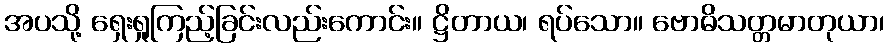
အပသို့ ရှေးရှုကြည့်ခြင်းလည်းကောင်း။ ဋ္ဌိတာယ၊ ရပ်သော။ ဗောဓိသတ္တမာတုယာ၊